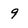
Character: 9